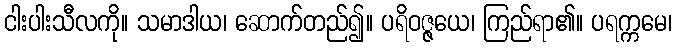
ငါးပါးသီလကို။ သမာဒါယ၊ ဆောက်တည်၍။ ပရိဝဇ္ဇယေ၊ ကြည်ရာ၏။ ပရက္ကမေ၊